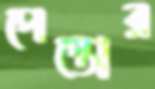
পেস্তোর